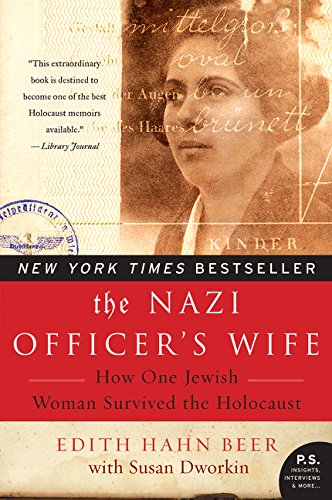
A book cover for The Nazi Officer's Wife: How One Jewish Woman Survived the Holocaust; Edith H. Beer; Biographies & Memoirs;